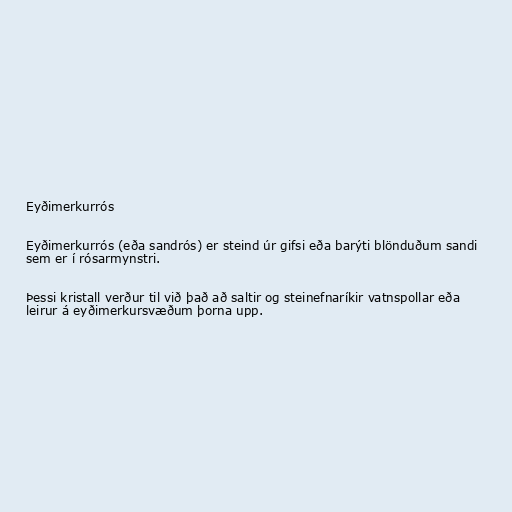
Eyðimerkurrós

Eyðimerkurrós (eða sandrós) er steind úr gifsi eða barýti blönduðum sandi
sem er í rósarmynstri.

Þessi kristall verður til við það að saltir og steinefnaríkir vatnspollar eða
leirur á eyðimerkursvæðum þorna upp.